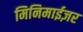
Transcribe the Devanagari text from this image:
मिनिमाईज़र